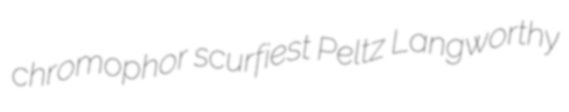
chromophor scurfiest Peltz Langworthy